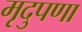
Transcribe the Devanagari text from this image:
मृदुपणा